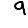
Digit: 9